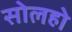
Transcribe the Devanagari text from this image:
सोलहो